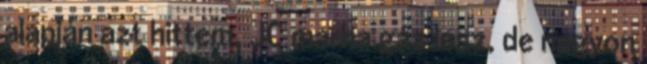
alapján azt hittem, JC marha gáz lesz, de nagyon